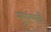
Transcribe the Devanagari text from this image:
मुसल्मानौं